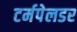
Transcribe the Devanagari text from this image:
टर्मपेलडर